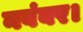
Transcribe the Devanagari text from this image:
नवंबर।